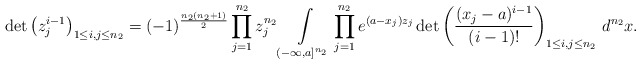
\begin{align*}\det \left(z_j^{i-1}\right)_{1\le i,j\le n_2}=(-1)^{\frac{n_2(n_2+1)}2}\prod\limits_{j=1}^{n_2}z_j^{n_2}\int\limits_{(-\infty,a]^{n_2}}\prod\limits_{j=1}^{n_2}e^{(a-x_j)z_j}\det\left(\frac{(x_j-a)^{i-1}}{(i-1)!}\right)_{1\le i,j\le n_2}\,d^{n_2}x.\end{align*}